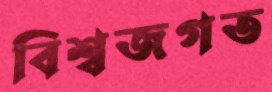
বিশ্বজগত